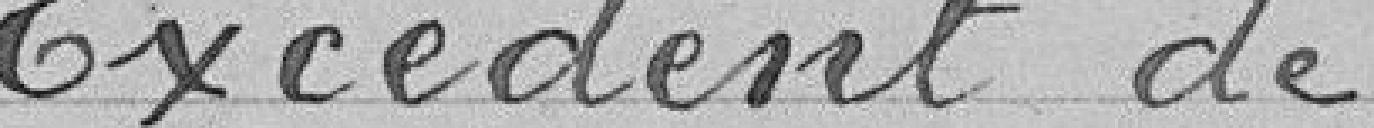
Excédent de